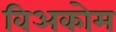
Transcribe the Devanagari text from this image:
विअकोम